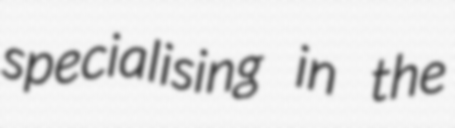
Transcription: specialising in the